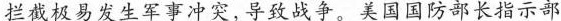
拦截极易发生军事冲突，导致战争。美国国防部长指示部